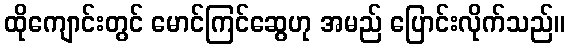
ထိုကျောင်းတွင် မောင်ကြင်ဆွေဟု အမည် ပြောင်းလိုက်သည်။